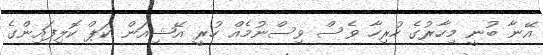
އޭނާ ބުނީ މިހާރުގެ ހުރިހާ ވެސް ވިސްނުމެއް ހުރީ އޭޝިއަން ކަޕް ކޮލިފައިންގެ